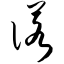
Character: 诺